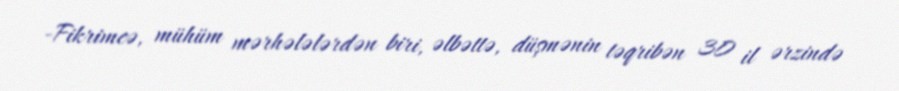
-Fikrimcə, mühüm mərhələlərdən biri, əlbəttə, düşmənin təqribən 30 il ərzində